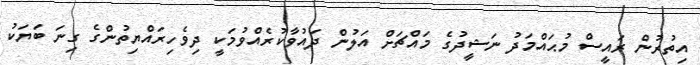
އިތުރުން ރައީސް މުޙައްމަދު ނަޝީދުގެ މައްޗަށް އަލުން ދައުވާކުރެއްވުމަކީ ދިވެހިރައްޔިތުންގެ ގިނަ ބަޔަކު